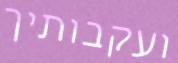
ועקבותיך